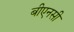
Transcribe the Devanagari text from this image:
बीएनसी